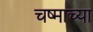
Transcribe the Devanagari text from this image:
चष्माच्या